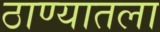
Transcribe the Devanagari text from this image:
ठाण्यातला